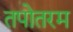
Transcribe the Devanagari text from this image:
तपोतरम